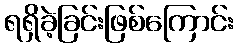
ရရှိခဲ့ခြင်းဖြစ်ကြောင်း